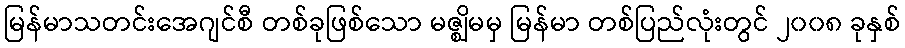
မြန်မာသတင်းအေဂျင်စီ တစ်ခုဖြစ်သော မဇ္ဈိမမှ မြန်မာ တစ်ပြည်လုံးတွင် ၂၀၀၈ ခုနှစ်